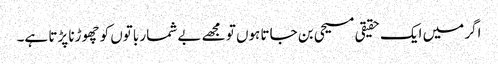
اگر میں ایک حقیقی مسیحی بن جاتا ہوں تو مجھے بے شمار باتوں کو چھوڑنا پڑتا ہے۔